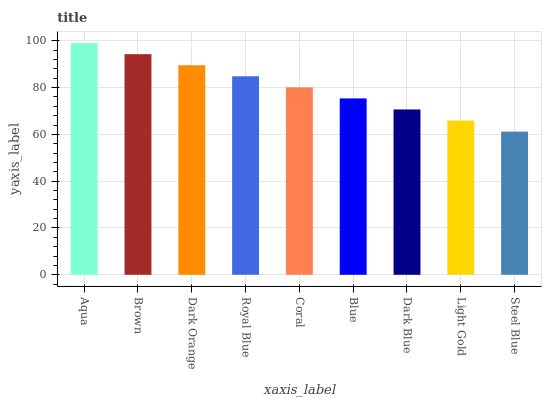
| xaxis_label | bars |
 | --- | --- |
 | Aqua | 99 |
 | Brown | 94.3 |
 | Dark Orange | 89.5 |
 | Royal Blue | 84.8 |
 | Coral | 80.1 |
 | Blue | 75.4 |
 | Dark Blue | 70.6 |
 | Light Gold | 65.9 |
 | Steel Blue | 61.2 |